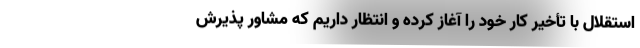
استقلال با تأخیر کار خود را آغاز کرده و انتظار داریم که مشاور پذیرش